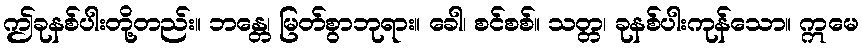
ဤခုနစ်ပါးတို့တည်း။ ဘန္တေ၊ မြတ်စွာဘုရား။ ခေါ၊ စင်စစ်။ သတ္တ၊ ခုနစ်ပါးကုန်သော။ ဣမေ